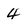
Character: 4